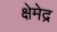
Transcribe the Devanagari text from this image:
क्षेमेद्र